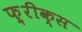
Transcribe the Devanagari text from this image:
फ़्रीक्स